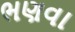
ભણવા